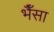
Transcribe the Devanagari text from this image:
भैँसा